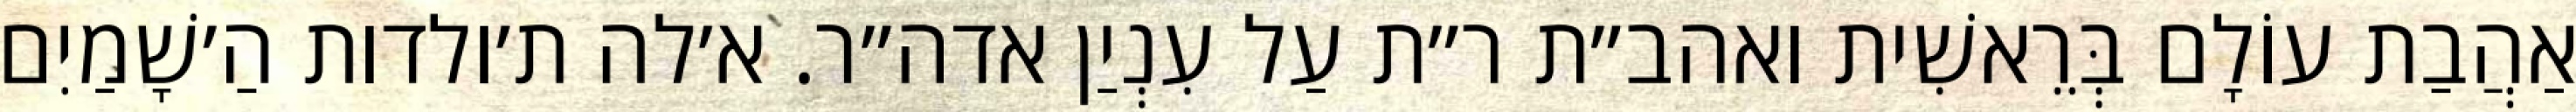
אַהֲבַת עוֹלָם בְּרֵאשִׁית ואהב״ת ר״ת עַל עִנְיַן אדה״ר. א׳לה ת׳ולדות הַ׳שָׁמַיִם